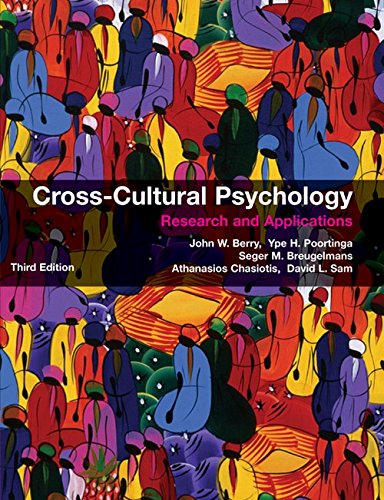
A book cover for Cross-Cultural Psychology: Research and Applications; John W. Berry; Medical Books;